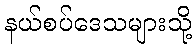
နယ်စပ်ဒေသများသို့